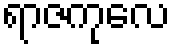
ရာဇကုလေ